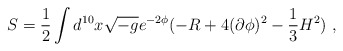
\begin{align*}S =\frac{1}{2} \int d^{10} x \sqrt{-g} e^{-2 \phi} ( - R + 4 (\partial \phi)^2 - \frac{1}{3} H^2) ~,\end{align*}